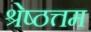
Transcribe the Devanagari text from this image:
श्रेष्ठत्तम